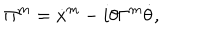
\Pi ^ { m } = \dot { x } ^ { m } - i \theta \Gamma ^ { m } \dot { \theta } ,